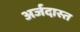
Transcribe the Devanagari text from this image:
अर्जदास्‍त